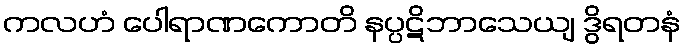
ကလဟံ ပေါရာဏကောတိ နပ္ပဋိဘာသေယျ ဒွိရတနံ